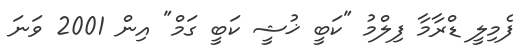
ފެމިލީ ޑްރާމާ ފިލްމު "ކަބީ ޚުޝީ ކަބީ ގަމް" އިން 2001 ވަނަ